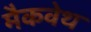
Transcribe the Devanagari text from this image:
मैकवेथ